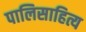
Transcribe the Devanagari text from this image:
पालिसाहित्य